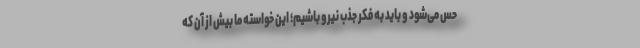
حس می‌شود و باید به فکر جذب نیرو باشیم؛ این خواسته ما بیش از آن که